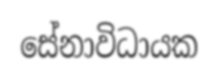
සේනාවිධායක